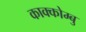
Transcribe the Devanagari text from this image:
काक्कोम्बु